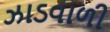
ઝાડવાળી